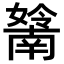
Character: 𡣤